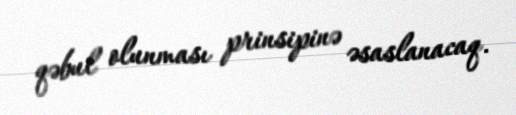
qəbul olunması prinsipinə əsaslanacaq.